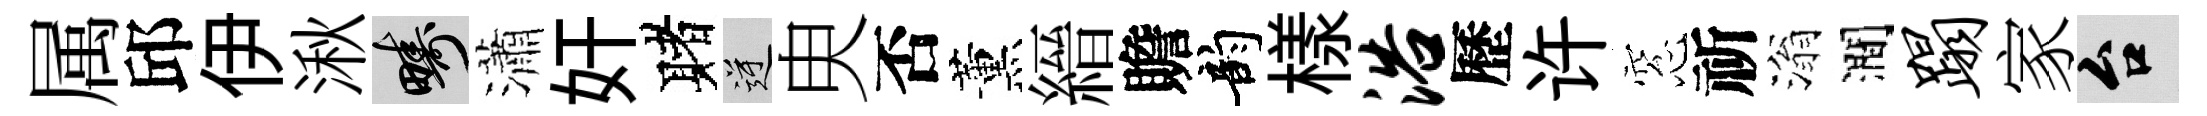
属邱伊湫疇瀟奸赌逆㬰否薰縉贍韵樣浴歷许窓祈滃澗蹋家台